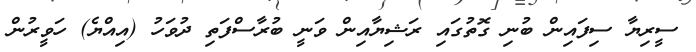
ސީރިޔާ ސިފައިން ބުނި ގޮތުގައި ރަޝިޔާއިން ވަނީ ބުރާސްފަތި ދުވަހު (އިއްޔެ) ހަވީރުން